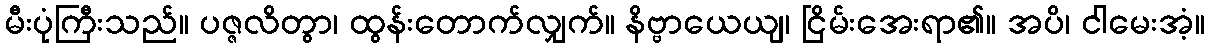
မီးပုံကြီးသည်။ ပဇ္ဇလိတွာ၊ ထွန်းတောက်လျှက်။ နိဗ္ဗာယေယျ၊ ငြိမ်းအေးရာ၏။ အပိ၊ ငါမေးအံ့။